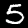
Label: 5